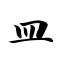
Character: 皿